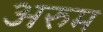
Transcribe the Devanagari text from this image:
अरुम